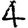
Digit: 4